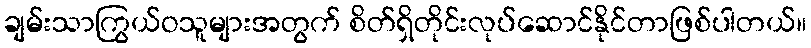
ချမ်းသာကြွယ်ဝသူများအတွက် စိတ်ရှိတိုင်းလုပ်ဆောင်နိုင်တာဖြစ်ပါတယ်။